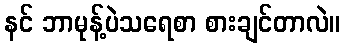
နင် ဘာမုန့်ပဲသရေစာ စားချင်တာလဲ။